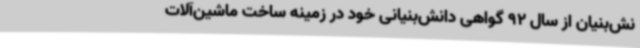
نش‌بنیان از سال 92 گواهی دانش‌بنیانی خود در زمینه ساخت ماشین‌آلات